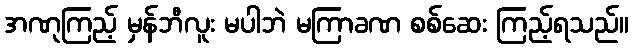
အဏုကြည့် မှန်ဘီလူး မပါဘဲ မကြာခဏ စစ်ဆေး ကြည့်ရသည်။